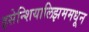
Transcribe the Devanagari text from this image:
इसेन्शियालिझममधून